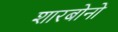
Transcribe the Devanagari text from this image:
शारबोनो